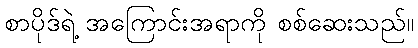
စာပိုဒ်ရဲ့ အကြောင်းအရာကို စစ်ဆေးသည်။